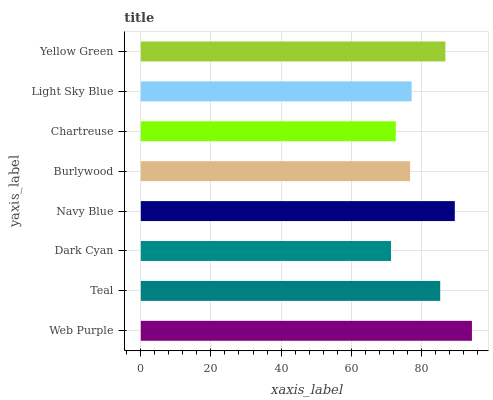
| yaxis_label | bars |
 | --- | --- |
 | Web Purple | 94.5 |
 | Teal | 85.4 |
 | Dark Cyan | 71.4 |
 | Navy Blue | 89.6 |
 | Burlywood | 76.8 |
 | Chartreuse | 72.7 |
 | Light Sky Blue | 77.3 |
 | Yellow Green | 86.9 |